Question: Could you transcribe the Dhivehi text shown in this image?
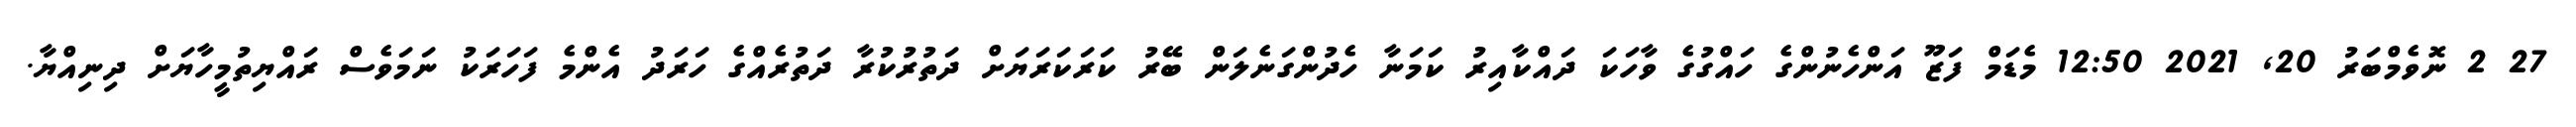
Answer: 27 2 ނޮވެމްބަރު 20, 2021 12:50 މެޑަމް ފަޒޫ އަންހެނުންގެ ހައްގުގެ ވާހަކަ ދައްކާއިރު ކަމަނާ ހެދުންގަނެލަން ބޭރު ކަރަކަރަޔަށް ދަތުރުކުރާ ދަތުރެއްގެ ހަރަދު އެންމެ ފަހަރަކު ނަމަވެސް ރައްޔިތުމީހާޔަށް ދިނިއްޔާ.